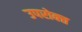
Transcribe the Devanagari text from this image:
उपरोक्त्त